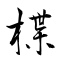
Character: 楪